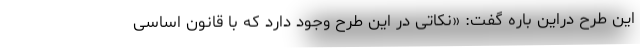
این طرح دراین باره گفت: «نکاتی در این طرح وجود دارد که با قانون اساسی